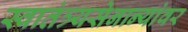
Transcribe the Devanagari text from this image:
स्वातंत्र्यसेनान्यांवर